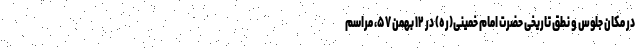
در مکان جلوس و نطق تاریخی حضرت امام خمینی(ره) در ۱۲ بهمن ۵۷، مراسم